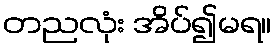
တညလုံး အိပ်၍မရ။